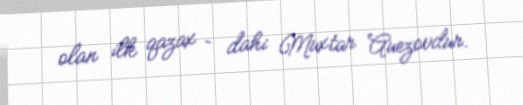
olan ilk qazax – dahi Muxtar Auezovdur.